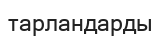
тарландарды